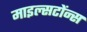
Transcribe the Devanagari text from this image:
माइल्सटोंन्स